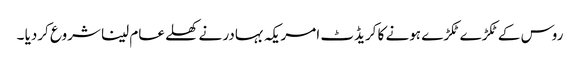
روس کے ٹکڑے ٹکڑے ہونے کا کریڈٹ امریکہ بہادر نے کھلے عام لینا شروع کردیا ۔